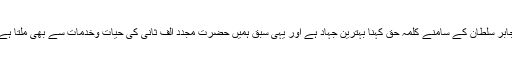
جابر سلطان کے سامنے کلمہ حق کہنا بہترین جہاد ہے اور یہی سبق ہمیں حضرت مجدد الف ثانیؒ کی حیات وخدمات سے بھی ملتا ہے۔